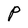
Character: P